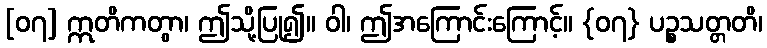
[၀၇] ဣတိကတွာ၊ ဤသို့ပြု၍။ ဝါ၊ ဤအကြောင်းကြောင့်။ {၀၇} ပဉ္စသတ္တတိ၊